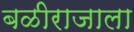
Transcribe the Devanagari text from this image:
बळीराजाला